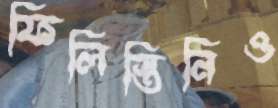
ফিলিস্তিনিও